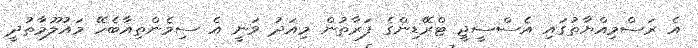
އެ ރަސްމިއްޔާތުގައި އެސްސީޖީ ޓްރޭޑިންގެ ފަރާތުން މިއަދު ވަނީ އެ ސިމެންތިއާބެހޭ މައުލޫމާތުދީ